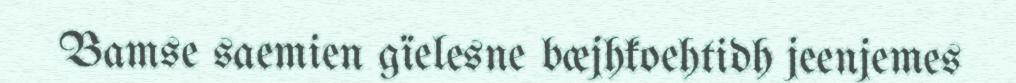
Bamse saemien gïelesne bæjhkoehtidh jeenjemes